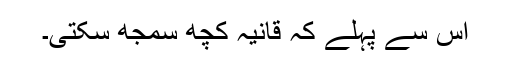
اس سے پہلے کہ قانیہ کچھ سمجھ سکتی۔